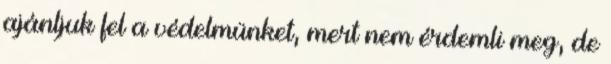
ajánljuk fel a védelmünket, mert nem érdemli meg, de